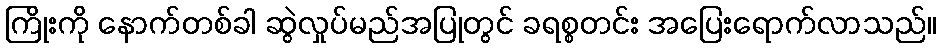
ကြိုးကို နောက်တစ်ခါ ဆွဲလှုပ်မည်အပြုတွင် ခရစ္စတင်း အပြေးရောက်လာသည်။